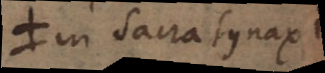
in sacra synaxi